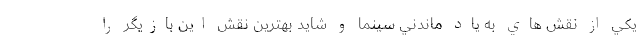
يكي از نقش هاي به ياد ماندني سينما و شايد بهترين نقش اين بازيگر را